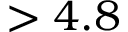
> 4 . 8